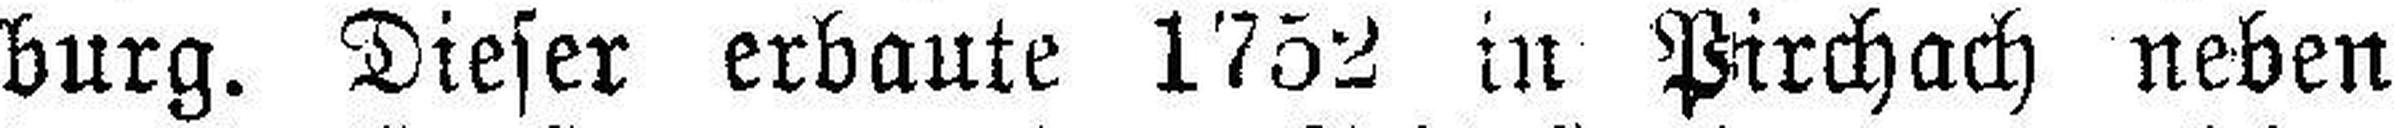
burg. Dieser erbaute 1752 in Pirchach neben